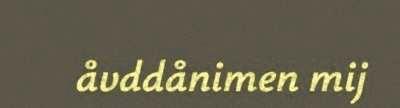
åvddånimen mij